65_HS1-834228961_62-HQ-83894_Section_7
Agency: FBI
Page 150
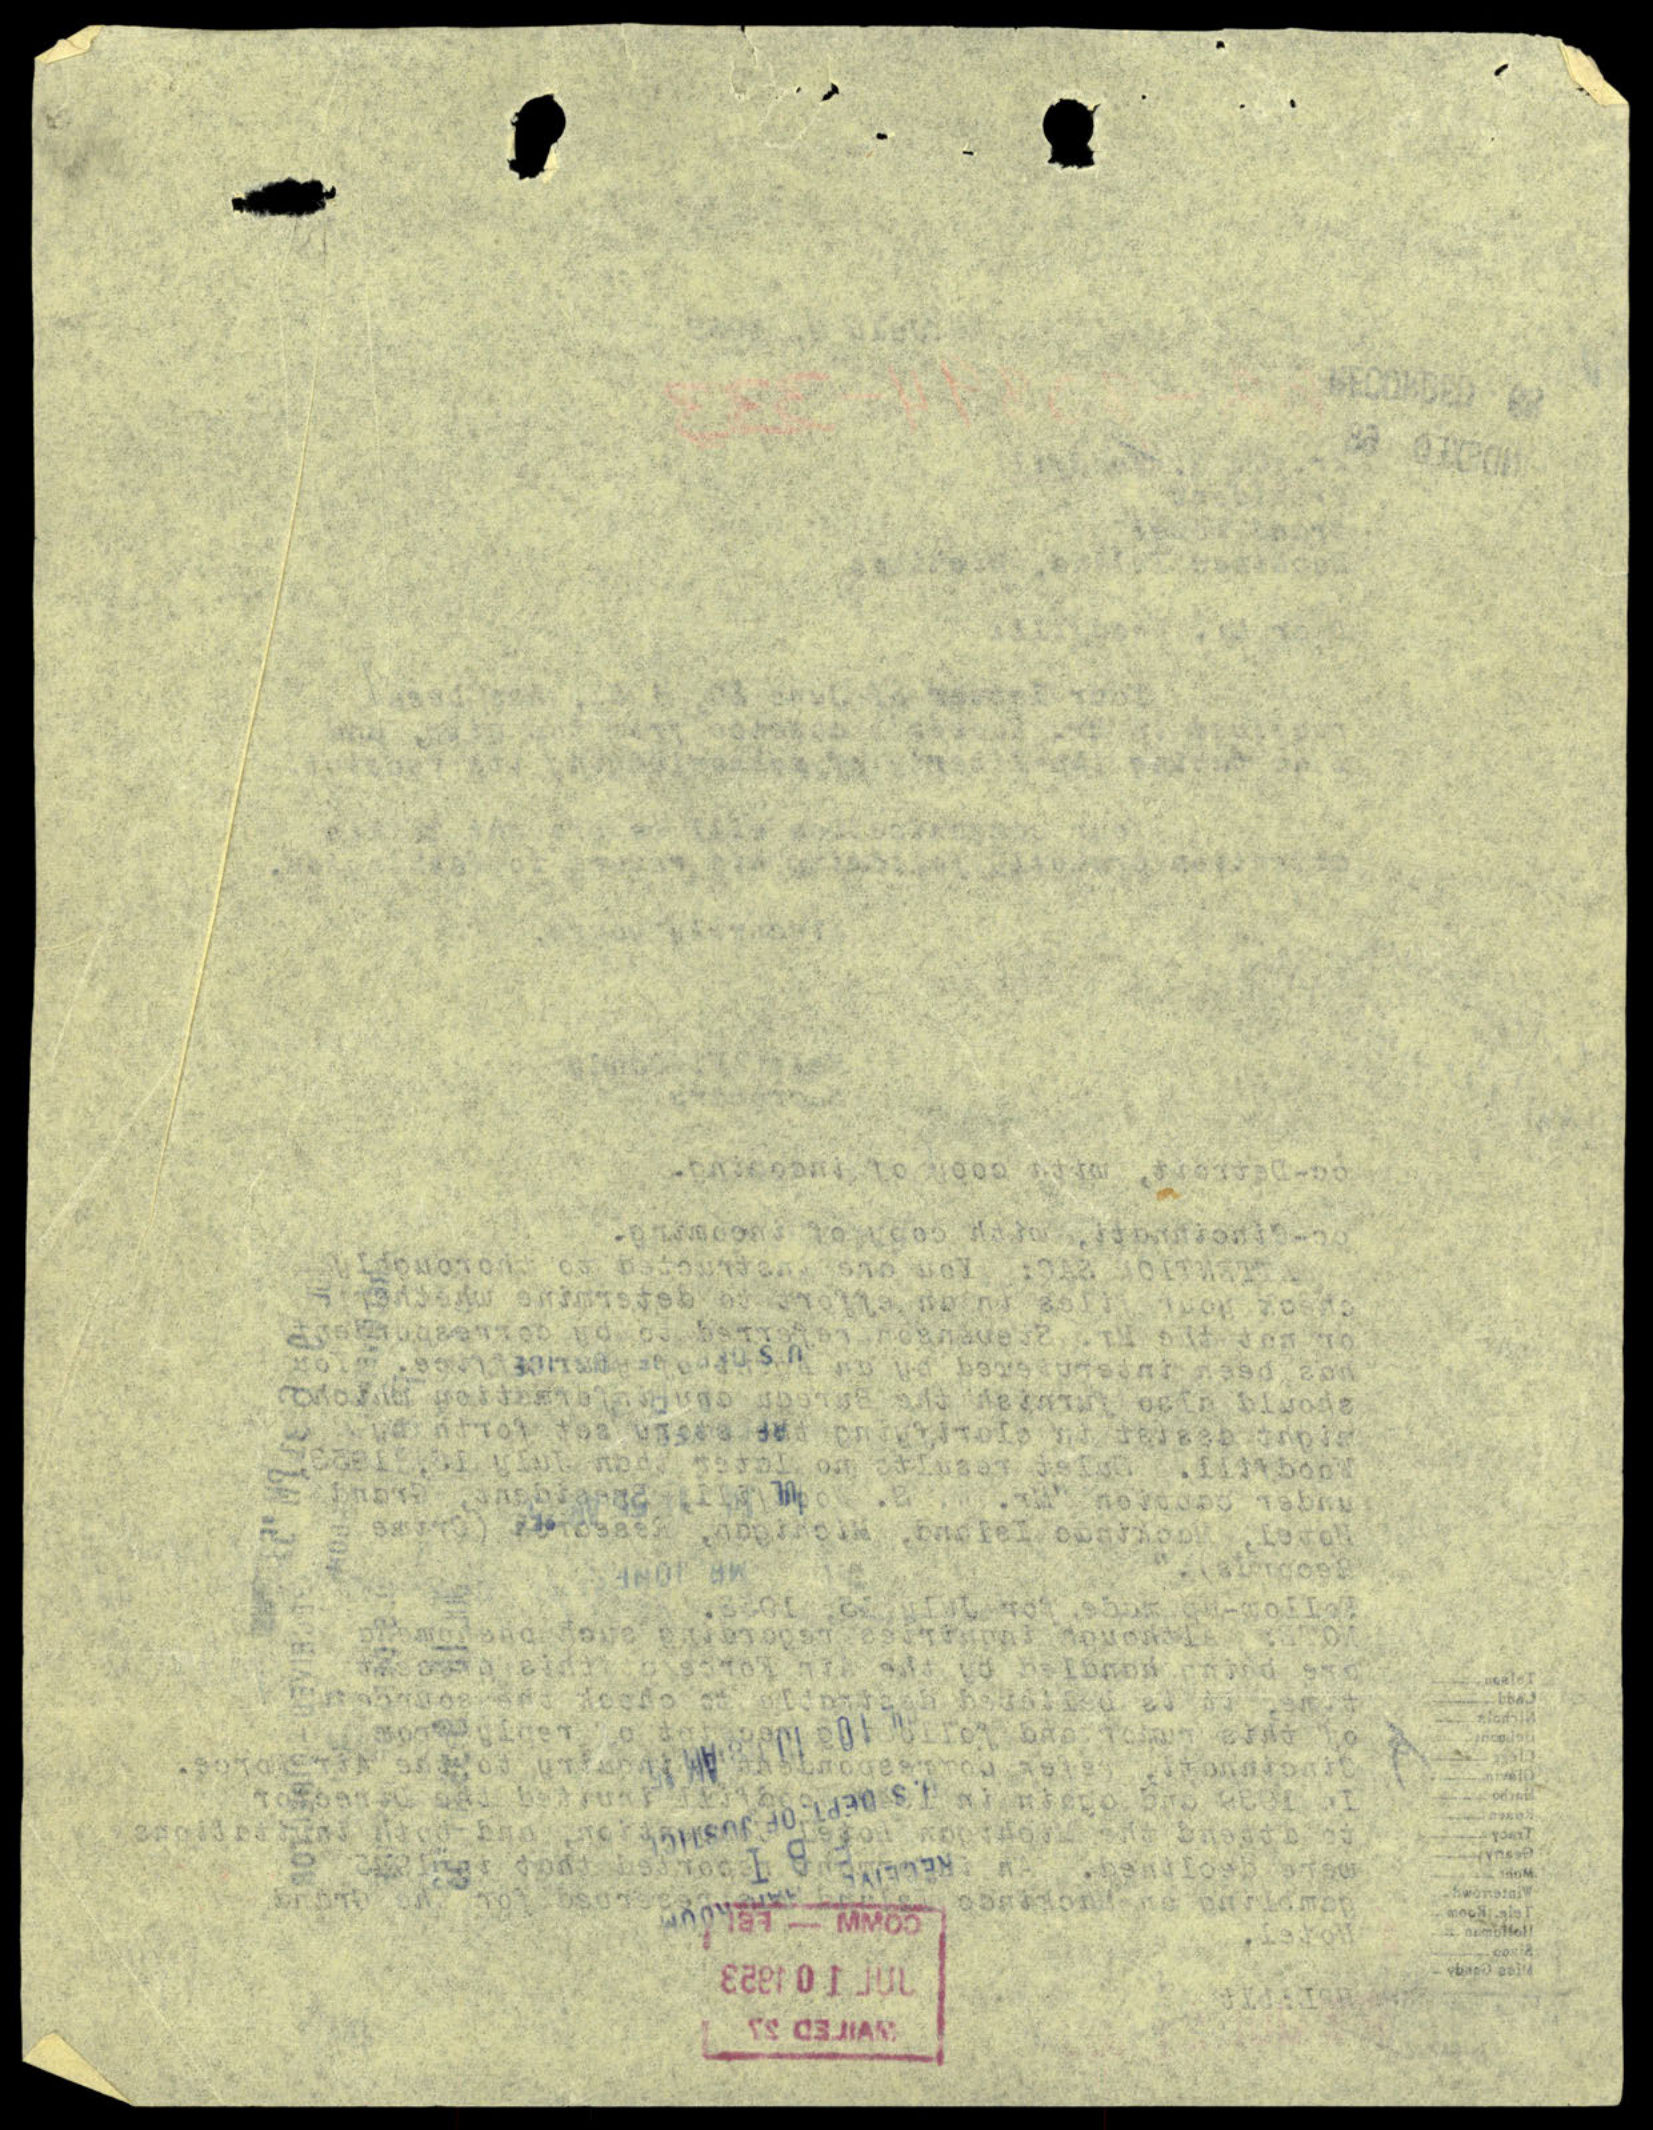